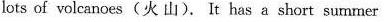
lots of volcanoes(火 山). It has a short summer